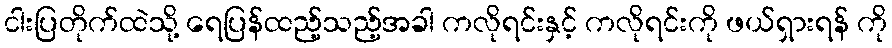
ငါးပြတိုက်ထဲသို့ ရေပြန်ထည့်သည့်အခါ ကလိုရင်းနှင့် ကလိုရင်းကို ဖယ်ရှားရန် ကို